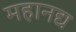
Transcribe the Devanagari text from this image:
महानद्य